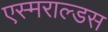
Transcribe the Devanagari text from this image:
एस्मराल्डस